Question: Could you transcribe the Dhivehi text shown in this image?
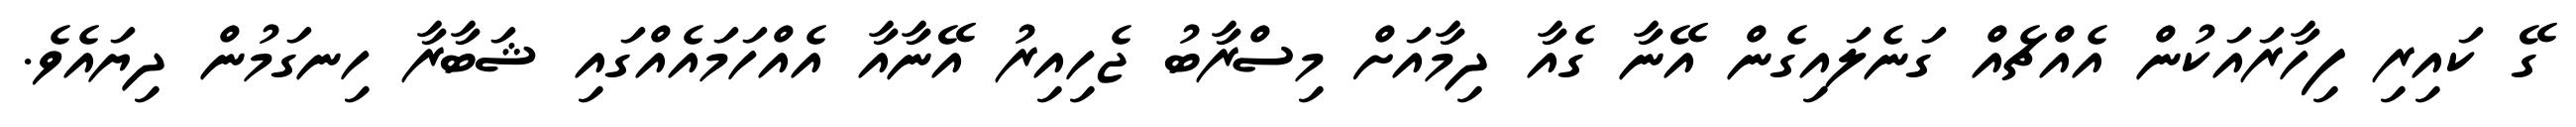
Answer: ގޭ ކައިރި ފިހާރައަކުން އެއްޗެއް ގަނެލައިގެން އޭނާ ގެއާ ދިމާއަށް މިސްރާބު ޖެހިއިރު އޭނާއާ އެއްހަމައެއްގައި ޝަބާރާ ހިނގަމުން ދިޔައެވެ.